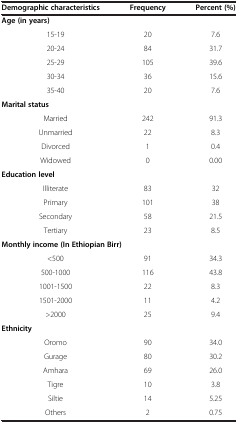
<table><thead><tr><td><b>Demographic characteristics</b></td><td><b>Frequency</b></td><td><b>Percent (%)</b></td></tr></thead><tbody><tr><td colspan="3"><b>Age (in years)</b></td></tr><tr><td>15-19</td><td>20</td><td>7.6</td></tr><tr><td>20-24</td><td>84</td><td>31.7</td></tr><tr><td>25-29</td><td>105</td><td>39.6</td></tr><tr><td>30-34</td><td>36</td><td>15.6</td></tr><tr><td>35-40</td><td>20</td><td>7.6</td></tr><tr><td colspan="3"><b>Marital status</b></td></tr><tr><td>Married</td><td>242</td><td>91.3</td></tr><tr><td>Unmarried</td><td>22</td><td>8.3</td></tr><tr><td>Divorced</td><td>1</td><td>0.4</td></tr><tr><td>Widowed</td><td>0</td><td>0.00</td></tr><tr><td colspan="3"><b>Education level</b></td></tr><tr><td>Illiterate</td><td>83</td><td>32</td></tr><tr><td>Primary</td><td>101</td><td>38</td></tr><tr><td>Secondary</td><td>58</td><td>21.5</td></tr><tr><td>Tertiary</td><td>23</td><td>8.5</td></tr><tr><td colspan="3"><b>Monthly income (In Ethiopian Birr)</b></td></tr><tr><td>&lt;500</td><td>91</td><td>34.3</td></tr><tr><td>500-1000</td><td>116</td><td>43.8</td></tr><tr><td>1001-1500</td><td>22</td><td>8.3</td></tr><tr><td>1501-2000</td><td>11</td><td>4.2</td></tr><tr><td>&gt;2000</td><td>25</td><td>9.4</td></tr><tr><td colspan="3"><b>Ethnicity</b></td></tr><tr><td>Oromo</td><td>90</td><td>34.0</td></tr><tr><td>Gurage</td><td>80</td><td>30.2</td></tr><tr><td>Amhara</td><td>69</td><td>26.0</td></tr><tr><td>Tigre</td><td>10</td><td>3.8</td></tr><tr><td>Siltie</td><td>14</td><td>5.25</td></tr><tr><td>Others</td><td>2</td><td>0.75</td></tr></tbody></table>